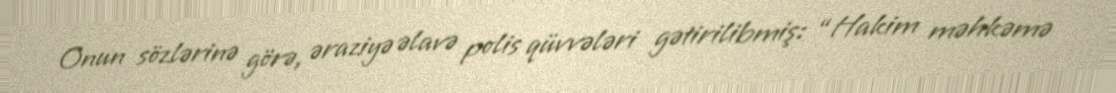
Onun sözlərinə görə, əraziyə əlavə polis qüvvələri gətirilibmiş: “Hakim məhkəmə